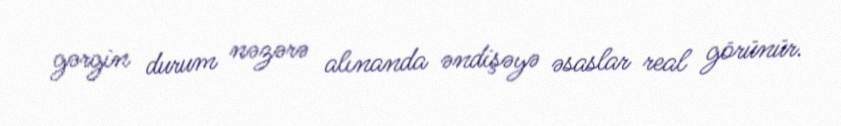
gərgin durum nəzərə alınanda əndişəyə əsaslar real görünür.